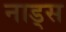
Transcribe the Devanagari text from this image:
नाड्स